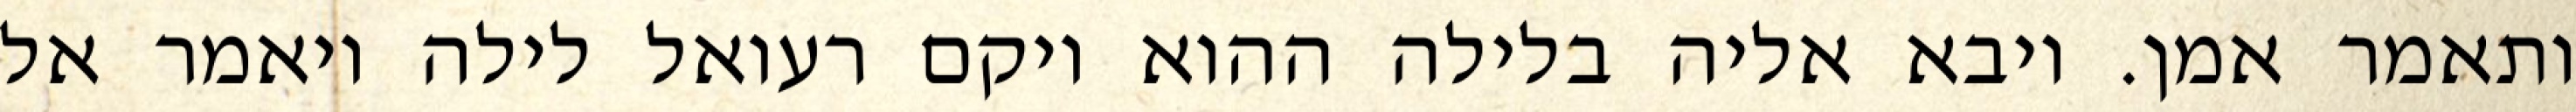
ותאמר אמן. ויבא אליה בלילה ההוא ויקם רעואל לילה ויאמר אל